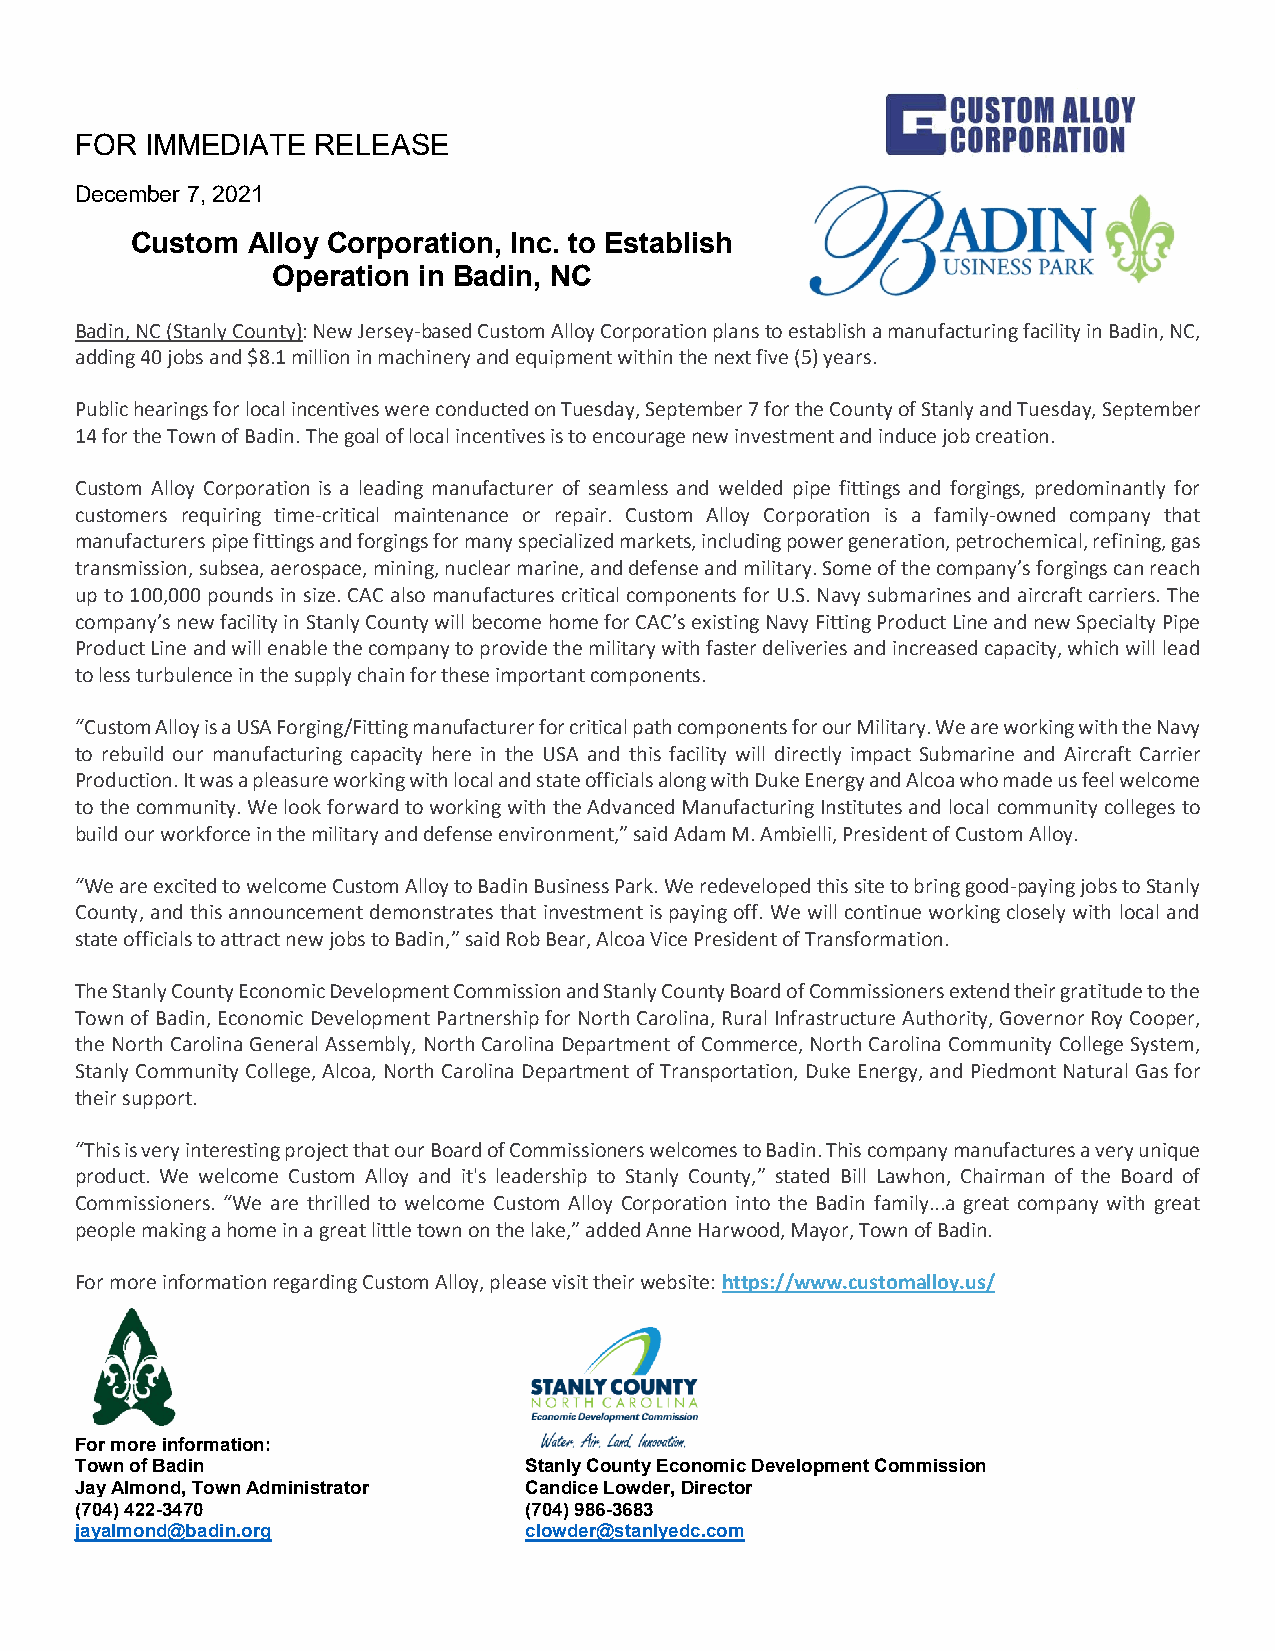
FOR  IMMEDIATE  RELEASE
 December 7, 2021
 Custom Alloy Corporation, Inc. to Establish
 Operation in Badin, NC
 Badin, NC (Stanly County): New Jersey-based Custom Alloy Corporation plans to establish a manufacturing facility in Badin, NC,
 adding 40 jobs and $8.1 million in machinery and equipment within the next five (5) years.
 Public hearings for local incentives were conducted on Tuesday, September 7 for the County of Stanly and Tuesday, September
 14 for the Town of Badin. The goal of local incentives is to encourage new investment and induce job creation.
 Custom Alloy Corporation is a leading manufacturer of seamless and welded pipe fittings and forgings, predominantly for
 customers requiring time-critical maintenance or repair. Custom Alloy Corporation is a family-owned company that
 manufacturers pipe fittings and forgings for many specialized markets, including power generation, petrochemical, refining, gas
 transmission, subsea, aerospace, mining, nuclear marine, and defense and military. Some of the company’s forgings can reach
 up to 100,000 pounds in size. CAC also manufactures critical components for U.S. Navy submarines and aircraft carriers. The
 company’s new facility in Stanly County will become home for CAC’s existing Navy Fitting Product Line and new Specialty Pipe
 Product Line and will enable the company to provide the military with faster deliveries and increased capacity, which will lead
 to less turbulence in the supply chain for these important components.
 “Custom Alloy is a USA Forging/Fitting manufacturer for critical path components for our Military. We are working with the Navy
 to rebuild our manufacturing capacity here in the USA and this facility will directly impact Submarine and Aircraft Carrier
 Production. It was a pleasure working with local and state officials along with Duke Energy and Alcoa who made us feel welcome
 to the community. We look forward to working with the Advanced Manufacturing Institutes and local community colleges to
 build our workforce in the military and defense environment,” said Adam M. Ambielli, President of Custom Alloy.
 “We are excited to welcome Custom Alloy to Badin Business Park. We redeveloped this site to bring good-paying jobs to Stanly
 County, and this announcement demonstrates that investment is paying off. We will continue working closely with local and
 state officials to attract new jobs to Badin,” said Rob Bear, Alcoa Vice President of Transformation.
 The Stanly County Economic Development Commission and Stanly County Board of Commissioners extend their gratitude to the
 Town of Badin, Economic Development Partnership for North Carolina, Rural Infrastructure Authority, Governor Roy Cooper,
 the North Carolina General Assembly, North Carolina Department of Commerce, North Carolina Community College System,
 Stanly Community College, Alcoa, North Carolina Department of Transportation, Duke Energy, and Piedmont Natural Gas for
 their support.
 “This is very interesting project that our Board of Commissioners welcomes to Badin. This company manufactures a very unique
 product. We welcome Custom Alloy and it's leadership to Stanly County,” stated Bill Lawhon, Chairman of the Board of
 Commissioners. “We are thrilled to welcome Custom Alloy Corporation into the Badin family...a great company with great
 people making a home in a great little town on the lake,” added Anne Harwood, Mayor, Town of Badin.
 For more information regarding Custom Alloy, please visit their website: https://www.customalloy.us/
 For more information:
 Town of Badin                 Stanly County Economic Development Commission
 Jay Almond, Town Administrator Candice Lowder, Director
 (704) 422-3470                (704) 986-3683
 jayalmond@badin.org           clowder@stanlyedc.com